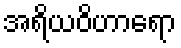
အရိယဝိဟာရော